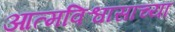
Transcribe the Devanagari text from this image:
आत्मविश्वासाच्या